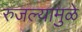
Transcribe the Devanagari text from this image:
रुजल्यामुळे